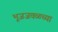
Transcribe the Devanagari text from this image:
भूजजवळच्या